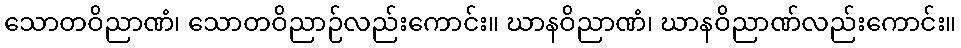
သောတဝိညာဏံ၊ သောတဝိညာဉ်လည်းကောင်း။ ဃာနဝိညာဏံ၊ ဃာနဝိညာဏ်လည်းကောင်း။